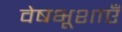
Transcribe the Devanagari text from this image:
वेषभूशाएँ